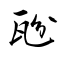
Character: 瓰